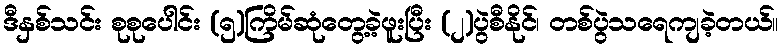
ဒီနှစ်သင်း စုစုပေါင်း (၅)ကြိမ်ဆုံတွေ့ခဲ့ဖူးပြီး (၂)ပွဲစီနိုင်၊ တစ်ပွဲသရေကျခဲ့တယ်။